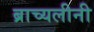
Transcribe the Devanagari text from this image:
ब्राच्यलीनी